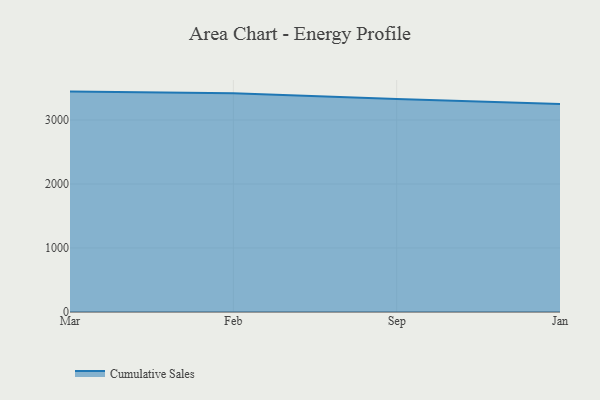
{"axis": {"x": "Month", "y": "Page Views"}, "legend": ["Cumulative Sales"], "data": [{"x": "Mar", "y": 3443.2, "type": "Cumulative Sales"}, {"x": "Feb", "y": 3418.4, "type": "Cumulative Sales"}, {"x": "Sep", "y": 3326.2, "type": "Cumulative Sales"}, {"x": "Jan", "y": 3249.2, "type": "Cumulative Sales"}]}